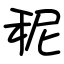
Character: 秜